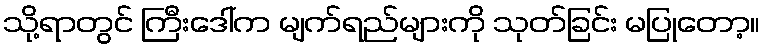
သို့ရာတွင် ကြီးဒေါ်က မျက်ရည်များကို သုတ်ခြင်း မပြုတော့။